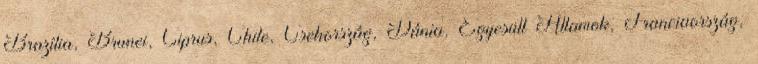
Brazília, Brunei, Ciprus, Chile, Csehország, Dánia, Egyesült Államok, Franciaország,